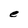
Character: e